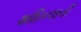
શશિકલાની